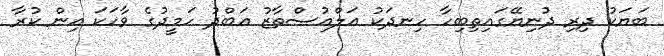
ބަޔަކު ދިރި ދުނިޔޭގައިތިބިހާ ހިނދަކު އަލްއުސްތާޒު އަބްދު ހަމީދުގެ ވާހަކަ އިން ކުރާ